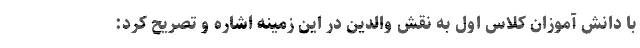
با دانش آموزان کلاس اول به نقش والدین در این زمینه اشاره و تصریح کرد: